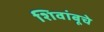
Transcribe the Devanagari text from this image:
शिवांबूचे